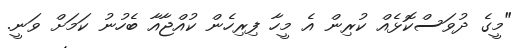
"މީގެ ދުވަސްކޮޅެއް ކުރިން އެ މީހާ ފިރިހެން ކުއްޖާއާ ބެހުނު ކަމަށް ވަނީ.